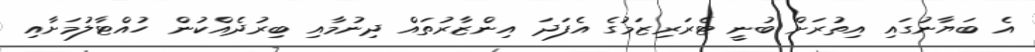
އެ ބަޔާނުގައި އިތުރަށް ބުނީ ޓެރަރިޒަމުގެ އެފަދަ އިންޒާރުތައް ދިނުމާއި ބިރުދެއްކުން ހުއްޓާލުމަށާއި